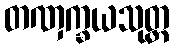
တဏှက္ခယသုတ္တ